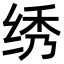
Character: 绣